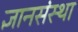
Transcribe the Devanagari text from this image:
ज्ञानसंस्था